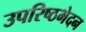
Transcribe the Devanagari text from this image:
उपरिष्ठभेदन